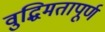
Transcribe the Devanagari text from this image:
वुद्धिमतापूर्ण